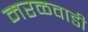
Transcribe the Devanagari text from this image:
मरळवाडी